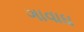
ગાવાઘ